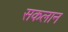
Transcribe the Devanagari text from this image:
सकलान